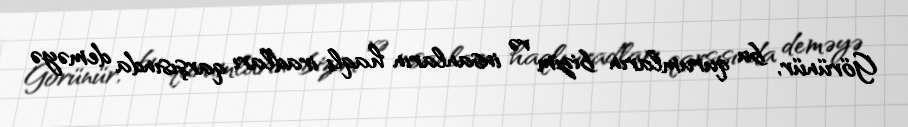
Görünür, bu qurumların bizim və insanların haqlı iradları qarşısında deməyə